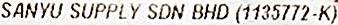
SANYU SUPPLY SDN BHD (1135772-K)